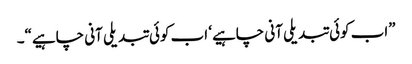
”اب کوئی تبدیلی آنی چاہیے‘ اب کوئی تبدیلی آنی چاہیے“۔